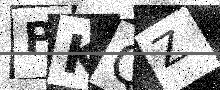
Text: PKQZ